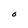
Character: S